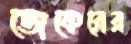
জেকেরের